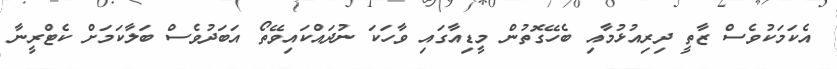
އެކަމަކުވެސް ޒާތީ ދިރިއުޅުމާއި ބެހޭގޮތުން މީޑިއާގައި ވާހަކަ ނުދައްކައިވޭތޯ އަބަދުވެސް ބަލާކަމަށް ކެޓްރީނާ